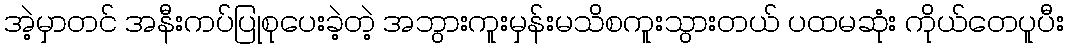
အဲ့မှာတင် အနီးကပ်ပြုစုပေးခဲ့တဲ့ အဘွားကူးမှန်းမသိစကူးသွားတယ် ပထမဆုံး ကိုယ်တေပူပီး